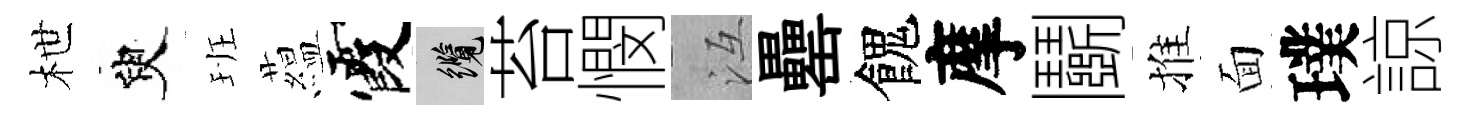
枻臾班藴霞纜苔憫冱罍餽摩鬬推面璞諒